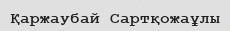
Қаржаубай Сартқожаұлы